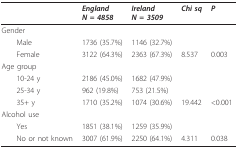
<table><thead><tr><td></td><td><b><i>England N = 4858</i></b></td><td><b><i>Ireland N = 3509</i></b></td><td><b><i>Chi sq</i></b></td><td><b><i>P</i></b></td></tr></thead><tbody><tr><td>Gender</td><td></td><td></td><td></td><td></td></tr><tr><td> Male</td><td>1736 (35.7%)</td><td>1146 (32.7%)</td><td></td><td></td></tr><tr><td> Female</td><td>3122 (64.3%)</td><td>2363 (67.3%)</td><td>8.537</td><td>0.003</td></tr><tr><td>Age group</td><td></td><td></td><td></td><td></td></tr><tr><td> 10-24 y</td><td>2186 (45.0%)</td><td>1682 (47.9%)</td><td></td><td></td></tr><tr><td> 25-34 y</td><td>962 (19.8%)</td><td>753 (21.5%)</td><td></td><td></td></tr><tr><td> 35+ y</td><td>1710 (35.2%)</td><td>1074 (30.6%)</td><td>19.442</td><td>&lt;0.001</td></tr><tr><td>Alcohol use</td><td></td><td></td><td></td><td></td></tr><tr><td> Yes</td><td>1851 (38.1%)</td><td>1259 (35.9%)</td><td></td><td></td></tr><tr><td> No or not known</td><td>3007 (61.9%)</td><td>2250 (64.1%)</td><td>4.311</td><td>0.038</td></tr></tbody></table>